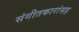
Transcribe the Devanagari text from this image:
संगीतकारांसह